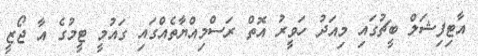
އާޓިފިޝަލް ބީޗުގައި މިއަދު ހަވީރު އޮތް ރަސްމިއްޔާތެއްގައި ގައުމީ ޓީމުގެ އާ ޖޯޒީ